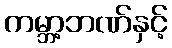
ကမ္ဘာ့ဘဏ်နှင့်